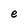
Character: e